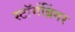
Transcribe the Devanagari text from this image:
स्टॉर्मब्रिंगर